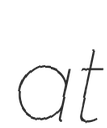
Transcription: at